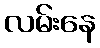
လမ်းနေ